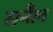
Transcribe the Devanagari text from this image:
सनैल